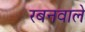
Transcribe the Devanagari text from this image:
रबनवाले